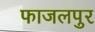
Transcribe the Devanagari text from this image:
फाजलपुर